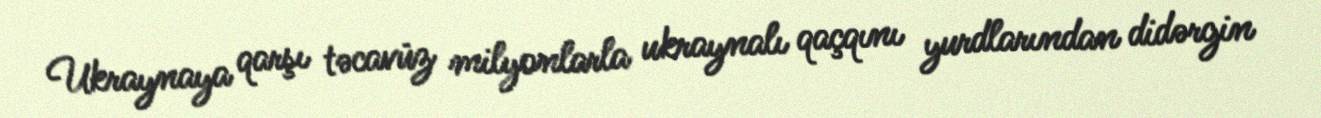
Ukraynaya qarşı təcavüz milyonlarla ukraynalı qaçqını yurdlarından didərgin